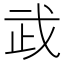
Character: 𢦰